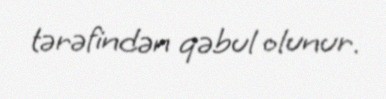
tərəfindən qəbul olunur.